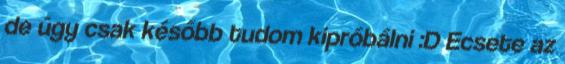
de úgy csak később tudom kipróbálni :D Ecsete az